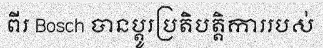
ពីរ Bosch បានប្តូរប្រតិបត្តិការរបស់